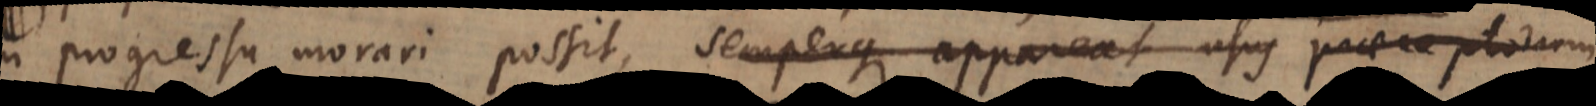
n progressu morari possit, semperque appareat usus praeceptorum